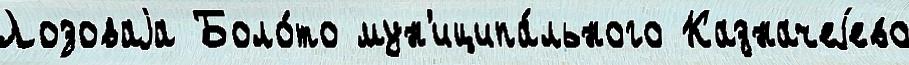
Лозоваjа Боло́то мун'иципа́льного Казначеjево